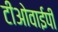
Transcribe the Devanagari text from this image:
टीओवाईपी